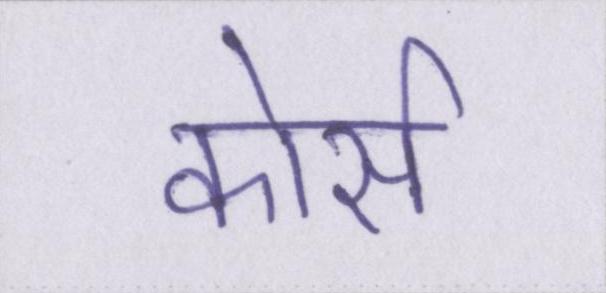
कोर्स